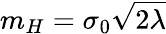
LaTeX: m_{H}=\sigma_{0}{\sqrt{2\lambda}}